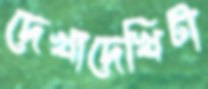
দেখাদেখিটা